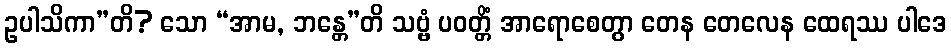
ဥပါသိကာ”တိ? သော “အာမ, ဘန္တေ”တိ သဗ္ဗံ ပဝတ္တိံ အာရောစေတွာ တေန တေလေန ထေရဿ ပါဒေ